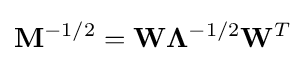
\mathbf {M} ^{-1/2}=\mathbf {W} \mathbf {\Lambda } ^{-1/2}\mathbf {W} ^{T}